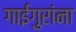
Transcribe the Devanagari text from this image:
गाईगुरांना